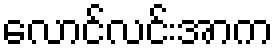
လောင်လင်းအာက